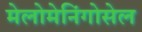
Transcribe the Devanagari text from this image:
मेलोमेनिंगोसेल